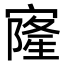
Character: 㝫